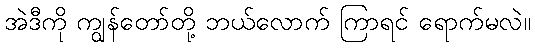
အဲဒီကို ကျွန်တော်တို့ ဘယ်လောက် ကြာရင် ရောက်မလဲ။